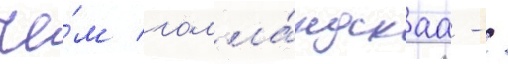
че́м голла́ндскаа - /